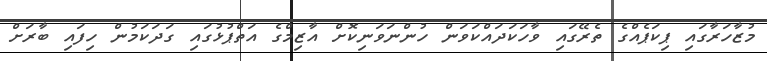
މުޒާހަރާގައި ޕިކަޕެއްގެ ތެރޭގައި ވާހަކަދައްކަވަން ހުންނަވަނިކޮށް އާޒިމްގެ އަތްޕުޅުގައި ގަދަކަމުން ހިފައި ބާރަށް